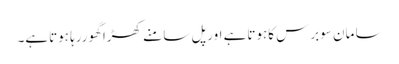
سا مان سوبرس کاہوتاہے اورپل سا منے کھڑا گھوررہا ہوتاہے۔